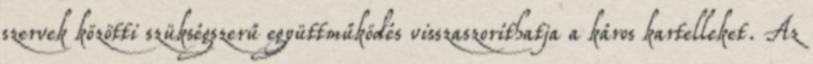
szervek közötti szükségszerű együttműködés visszaszoríthatja a káros kartelleket. Az